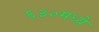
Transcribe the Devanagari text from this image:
६३०मध्ये